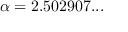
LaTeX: \alpha = 2 . 5 0 2 9 0 7 . . .